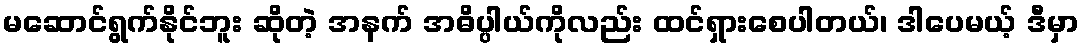
မဆောင်ရွက်နိုင်ဘူး ဆိုတဲ့ အနက် အဓိပ္ပါယ်ကိုလည်း ထင်ရှားစေပါတယ်၊ ဒါပေမယ့် ဒီမှာ